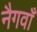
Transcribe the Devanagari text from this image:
नैगवाँ